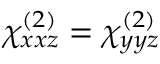
\chi _ { x x z } ^ { ( 2 ) } = \chi _ { y y z } ^ { ( 2 ) }